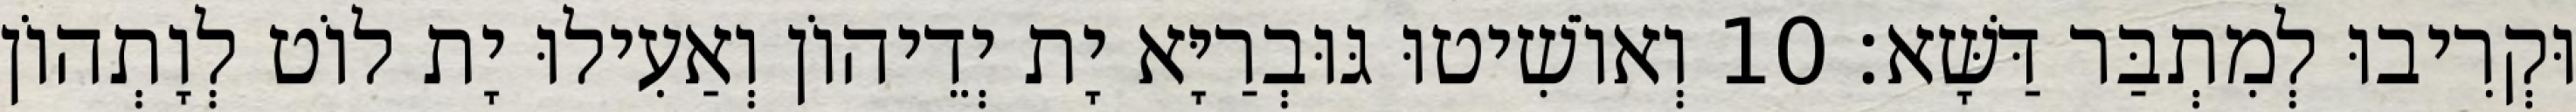
וּקְרִיבוּ לְמִתְבַּר דַּשָּׁא׃ 10 וְאוֹשִׁיטוּ גּוּבְרַיָּא יָת יְדֵיהוֹן וְאַעִילוּ יָת לוֹט לְוָתְהוֹן